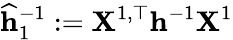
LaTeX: \mathbf{\widehat h}_{1}^{-1}:=\mathbf{X}^{1,\top}\mathbf{h}^{-1}\mathbf{X}^{1}